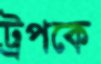
ট্রপকে